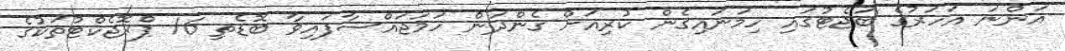
އަންނަ އަހަރުގެ ބަޖެޓުގައި ހިމަނައިގެން ކުރިއަށް ގެންދަން ހަމަޖައްސާފައިވާ ބޮޑެތި 16 ޕްރޮޖެކްޓުތަކުގެ